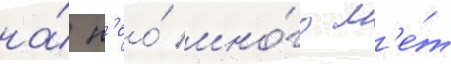
на́ н'ео́ мно́го л'е́т